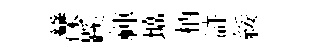
灤蹊禈壙柄滸綏